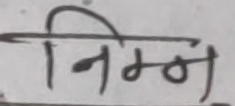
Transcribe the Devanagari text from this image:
निम्न